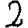
Digit: 2